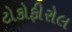
ટોકોફીરોલ